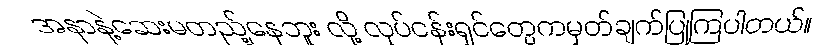
အနာနဲ့ဆေးမတည့်နေဘူး လို့ လုပ်ငန်းရှင်တွေကမှတ်ချက်ပြုကြပါတယ်။